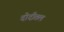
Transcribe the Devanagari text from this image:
दोदीतल